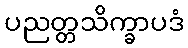
ပညတ္တသိက္ခာပဒံ